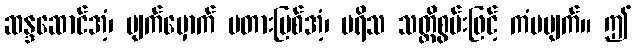
ဆန္ဒဆောင်အံ့၊ မျက်မှောက် မတားမြစ်အံ့၊ ပရိသ သတ္တိစွမ်းဖြင့် ကံမပျက်။ ဤ